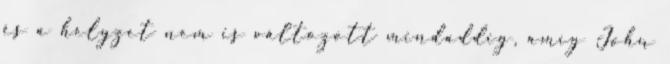
és a helyzet nem is változott mindaddig, amíg John